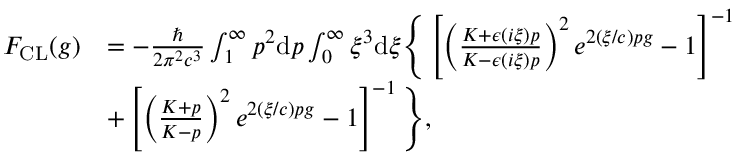
\begin{array} { r l } { F _ { \mathrm { C L } } ( g ) } & { = - \frac { \hbar } { 2 \pi ^ { 2 } c ^ { 3 } } \int _ { 1 } ^ { \infty } p ^ { 2 } \mathrm { d } p \int _ { 0 } ^ { \infty } \xi ^ { 3 } \mathrm { d } \xi \Bigg \{ \left[ \left( \frac { K + \epsilon \left( i \xi \right) p } { K - \epsilon \left( i \xi \right) p } \right) ^ { 2 } e ^ { 2 ( \xi / c ) p g } - 1 \right] ^ { - 1 } } \\ & { + \left[ \left( \frac { K + p } { K - p } \right) ^ { 2 } e ^ { 2 ( \xi / c ) p g } - 1 \right] ^ { - 1 } \Bigg \} , } \end{array}